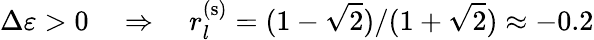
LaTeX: \Delta\varepsilon>0\quad\Rightarrow\quad r_{l}^{(\mathrm{s})}=(1-\sqrt{2})/(1+\sqrt{2})\approx-0.2